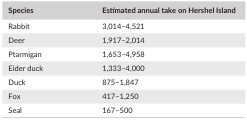
<table><thead><tr><td><b>Species</b></td><td><b>Estimated annual take on Hershel Island</b></td></tr></thead><tbody><tr><td>Rabbit</td><td>3,014–4,521</td></tr><tr><td>Deer</td><td>1,917–2,014</td></tr><tr><td>Ptarmigan</td><td>1,653–4,958</td></tr><tr><td>Eider duck</td><td>1,333–4,000</td></tr><tr><td>Duck</td><td>875–1,847</td></tr><tr><td>Fox</td><td>417–1,250</td></tr><tr><td>Seal</td><td>167–500</td></tr></tbody></table>